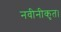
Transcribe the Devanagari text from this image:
नवीनीकृत।